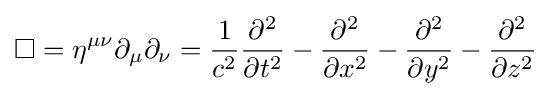
\Box =\eta ^{\mu \nu }\partial _{\mu }\partial _{\nu }={\frac {1}{c^{2}}}{\frac {\partial ^{2}}{\partial t^{2}}}-{\frac {\partial ^{2}}{\partial x^{2}}}-{\frac {\partial ^{2}}{\partial y^{2}}}-{\frac {\partial ^{2}}{\partial z^{2}}}